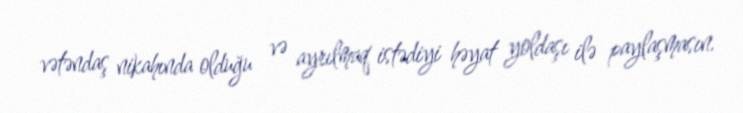
vətəndaş nikahında olduğu və ayrılmaq istədiyi həyat yoldaşı ilə paylaşmasın.